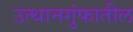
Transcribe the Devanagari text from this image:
उत्थानगुंफातील